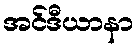
အင်ဒီယာနာ